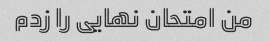
من امتحان نهایی را زدم